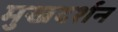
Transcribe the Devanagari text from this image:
मुखदर्शन